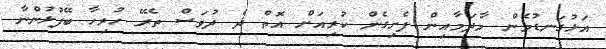
އަޅުގަނޑުމެން މާދަމާއިން ފެށިގެން ކުރިއަށް އޮތް ދެ ދުވަސް ތެރޭ ހުރިހާ ބޭފުޅުންނާ